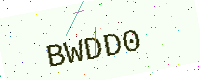
Text: BWDD0